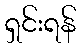
ရှင်းရန်